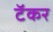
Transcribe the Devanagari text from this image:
टॅकर